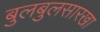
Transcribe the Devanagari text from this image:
बुलबुलसारखा